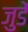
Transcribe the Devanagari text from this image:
जुडें